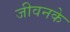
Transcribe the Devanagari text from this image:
जीवनके